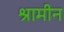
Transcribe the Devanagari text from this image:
श्रामीन